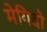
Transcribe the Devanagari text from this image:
मेगिदो